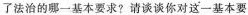
了法治的哪一基本要求?请谈谈你对这一基本要